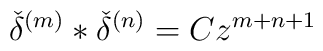
{\check{\delta}}^{(m)}\ast{\check{\delta}}^{(n)}= C z^{m+n+1}